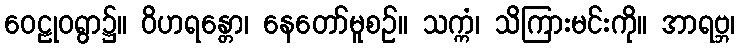
ဝေဠုဝရွာ၌။ ဝိဟရန္တော၊ နေတော်မူစဉ်။ သက္ကံ၊ သိကြားမင်းကို။ အာရဗ္ဘ၊